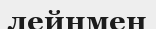
лейнмен